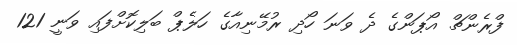
ފްރެންޗް އޯޕަންގެ ދެ ވަނަ ހޯދި ރުމޭނިއާގެ ހަލެޕް ބަލިކޮށްފައި ވަނީ 121